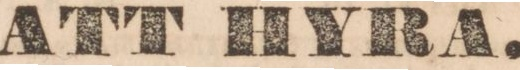
ATT HYRA.